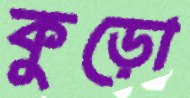
কুড়ো